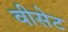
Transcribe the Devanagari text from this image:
वीसेट